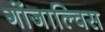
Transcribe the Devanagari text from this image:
गोंजाल्विस